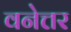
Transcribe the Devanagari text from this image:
वनेत्तर